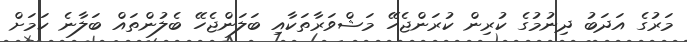
މަރުގެ އަދަބު ދިނުމުގެ ކުރިން ކުރަންޖެހޭ މަޝްވަރާތަކާއި ބަލަންޖެހޭ ބެލުންތައް ބަލާނެ ކަމަށް